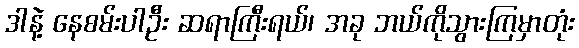
ဒါနဲ့ နေစမ်းပါဦး ဆရာကြီးရယ်၊ အခု ဘယ်ကိုသွားကြမှာတုံး